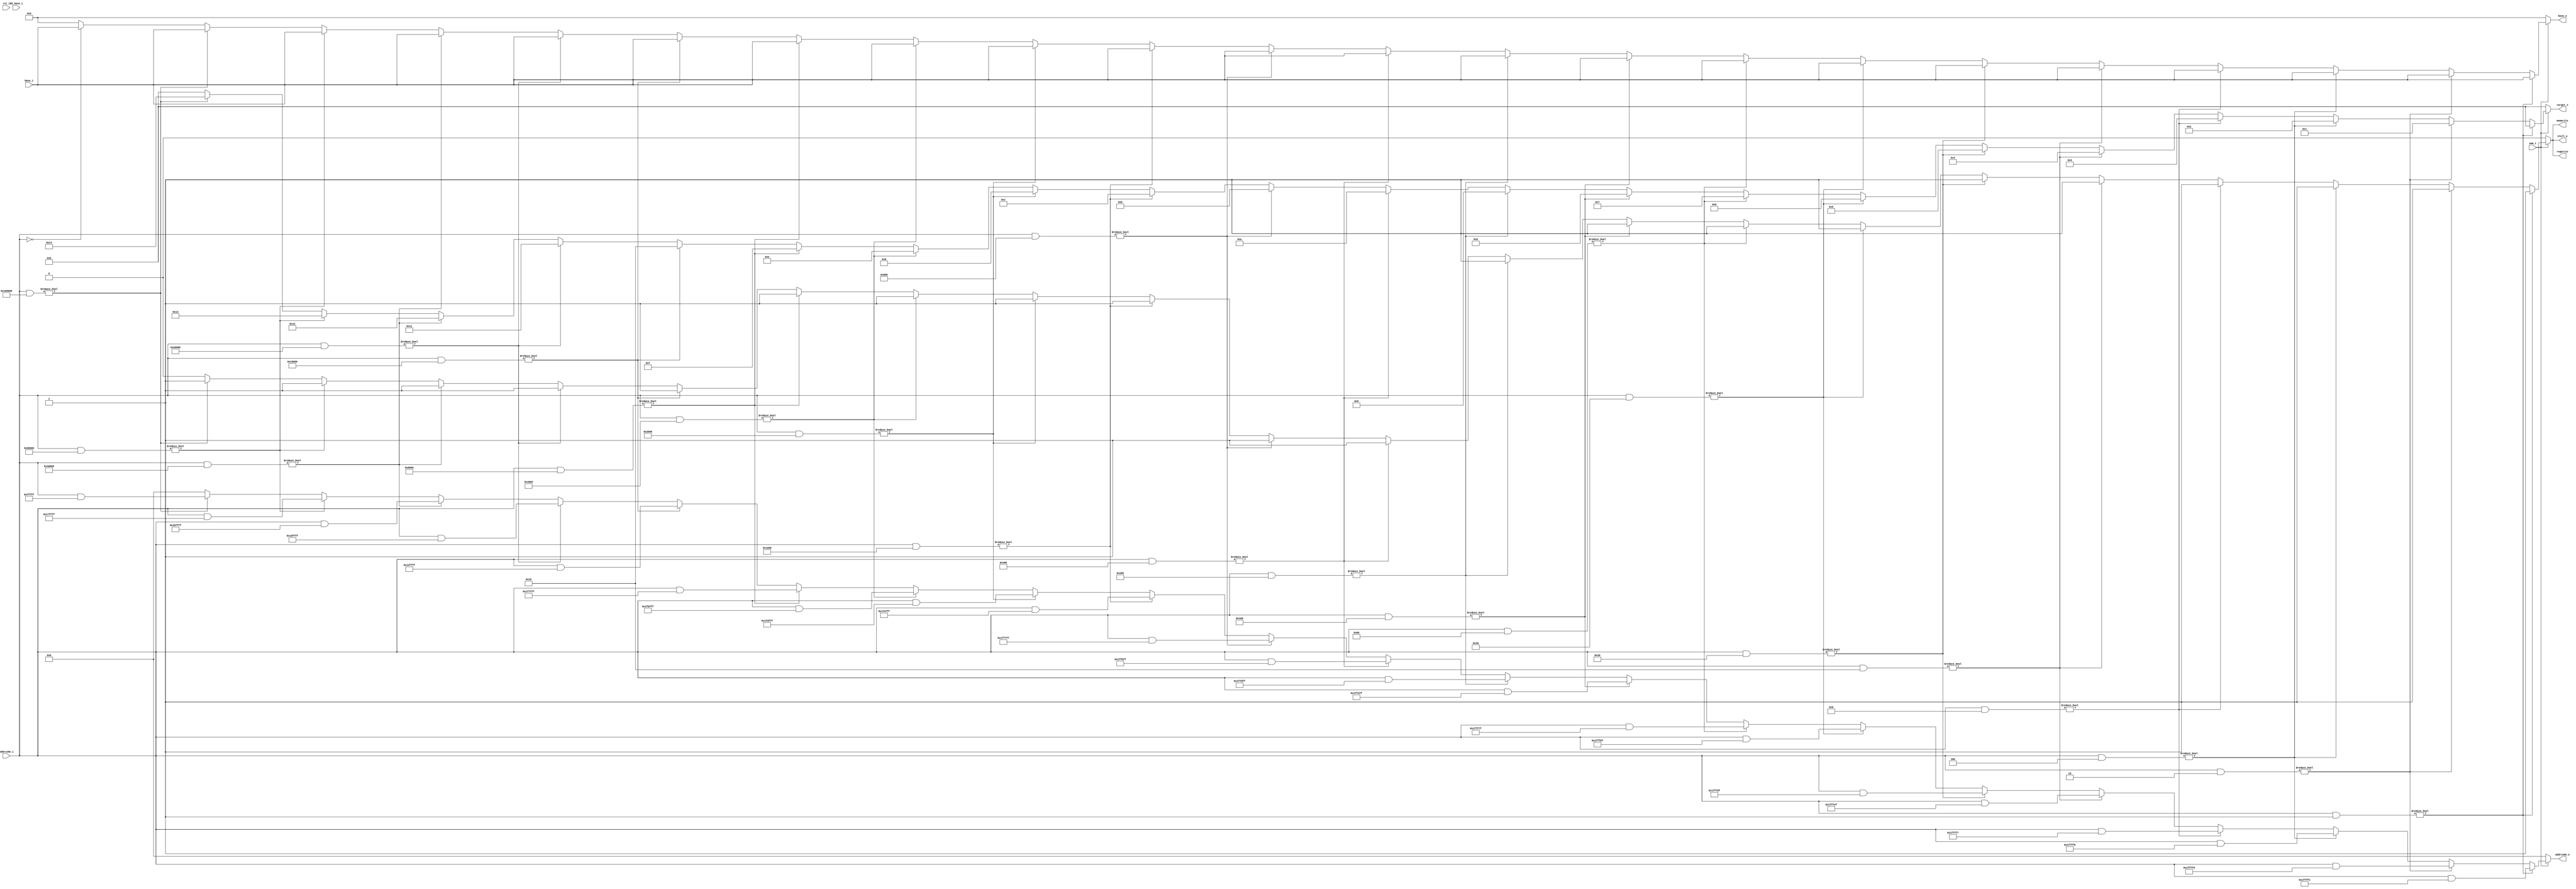
`timescale 1ns / 1ps
module AddrCodeDecoder(

       //clk_i,
	   rst_i,       
	   RS_base_i,
	   addrcode_i,
	   base_i,
	   swm_i,
	   addrcode_o,
	   stall_o,
	   target_o,
       base_o,
       memwrite, 	   
	   regwrite
	   
	   );
  

/* input */
//input           clk_i;
input           rst_i;
input           swm_i;
input  [32-1:0]	RS_base_i;
input  [32-1:0] base_i;
input  [21-1:0] addrcode_i;
/*output*/
output          stall_o;
output [5-1:0]  target_o;
output [32-1:0] base_o;
output [21-1:0] addrcode_o;
output          memwrite;
output          regwrite;
/*reg*/
reg    [32-1:0] base_o;
reg    [5-1:0]  target_o;    
reg             stall_o;
reg    [21-1:0] addrcode_o;
reg             memwrite;
reg             regwrite;        
/*always*/
always @(*)begin
    base_o        =  0;	   
	target_o      =  0;
	addrcode_o    =  0;
	stall_o       =  0;
	memwrite      =  0;
	regwrite      =  0;	    
  if(swm_i)begin
	if(addrcode_i & 21'b000000000000000000001)begin
       base_o        = base_i;
       target_o      = 0;
       //first_time    = 0;
       addrcode_o    = addrcode_i & ~21'b000000000000000000001;
       stall_o       = 1; 
       memwrite      = 1;
	    regwrite      = 1;	   
    end
    else if(addrcode_i & 21'b000000000000000000010)begin
       base_o        = base_i;
       target_o      = 1;
	   //first_time    = 0;
	   addrcode_o    = addrcode_i & ~21'b000000000000000000010; 
	   stall_o       = 1;
	   memwrite      = 1;
	   regwrite      = 1;
    end
    else if(addrcode_i & 21'b000000000000000000100)begin
       base_o        = base_i;
       target_o      = 2;
	   //first_time    = 0;
	   addrcode_o    = addrcode_i & ~21'b000000000000000000100;
	   stall_o       = 1;
	   memwrite      = 1;
	   regwrite      = 1;
    end
    else if(addrcode_i & 21'b000000000000000001000)begin
       base_o        = base_i;
       target_o      = 3;
	   //first_time    = 0;
	   addrcode_o    = addrcode_i & ~21'b000000000000000001000;
	   stall_o       = 1;
	   memwrite      = 1;
	   regwrite      = 1;
    end
    else if(addrcode_i & 21'b000000000000000010000)begin
        base_o        = base_i;
       target_o     = 4;
	   //first_time   = 0;
	   addrcode_o   = addrcode_i & ~21'b000000000000000010000;
	   stall_o      = 1;
	   memwrite     = 1;
	   regwrite     = 1;
    end
	else if(addrcode_i & 21'b000000000000000100000)begin
        base_o        = base_i;
       target_o     = 5;
	   //first_time   = 0;
	   addrcode_o   = addrcode_i & ~21'b000000000000000100000;
	   stall_o      = 1;
	   memwrite     = 1;
	   regwrite     = 1;
    end
	else if(addrcode_i & 21'b000000000000001000000)begin
        base_o        = base_i;
       target_o     = 6;
	   //first_time   = 0;
	   addrcode_o   = addrcode_i & ~21'b000000000000001000000;
	   stall_o      = 1;
	   memwrite     = 1;
	   regwrite     = 1;
    end
	else if(addrcode_i & 21'b000000000000010000000)begin
          base_o        = base_i;
       target_o     = 7;
	   //first_time   = 0;
	   addrcode_o   = addrcode_i & ~21'b000000000000010000000;
	   stall_o      = 1;
	   memwrite     = 1;
	   regwrite     = 1;
    end
	else if(addrcode_i & 21'b000000000000100000000)begin
         base_o        = base_i;
        target_o     = 8;
	    //first_time   = 0;
	    addrcode_o   = addrcode_i & ~21'b000000000000100000000;
	    stall_o      = 1;
	    memwrite     = 1;
	    regwrite     = 1;
    end
	else if(addrcode_i & 21'b000000000001000000000)begin
      base_o        = base_i;
      target_o      = 9;
	   //first_time   = 0;
	   addrcode_o   = addrcode_i & ~21'b000000000001000000000;
	   stall_o      = 1;
      memwrite     = 1;
      regwrite     = 1;
    end
	else if(addrcode_i & 21'b000000000010000000000)begin
         base_o        = base_i;
       target_o     = 10;
	   //first_time   = 0;
	   addrcode_o   = addrcode_i & ~21'b000000000010000000000;
	   stall_o      = 1;
       memwrite     = 1;
	   regwrite     = 1;
    end
	else if(addrcode_i & 21'b000000000100000000000)begin
         base_o        = base_i;
       target_o     = 11;
	   //first_time   = 0;
	   addrcode_o   = addrcode_i & ~21'b000000000100000000000;
	   stall_o      = 1;
	   memwrite     = 1;
	   regwrite     = 1;
    end
	else if(addrcode_i & 21'b000000001000000000000)begin
         base_o        = base_i;
       target_o     = 12;
	   //first_time   = 0;
	   addrcode_o   = addrcode_i & ~21'b000000001000000000000;
	   stall_o      = 1;
	   memwrite     = 1;regwrite = 1;
    end
	else if(addrcode_i & 21'b000000010000000000000)begin
         base_o        = base_i;
       target_o     = 13;
	   //first_time   = 0;
	   addrcode_o   = addrcode_i & ~21'b000000010000000000000;
	   stall_o      = 1;
	   memwrite     = 1;
	   regwrite     = 1;
    end
	else if(addrcode_i & 21'b000000100000000000000)begin
         base_o        = base_i;
       target_o     = 14;
	   //first_time   = 0;
	   addrcode_o   = addrcode_i & ~21'b000000100000000000000;
	   stall_o      = 1;
	   memwrite     = 1;
	   regwrite     = 1;
    end
	else if(addrcode_i & 21'b000001000000000000000)begin
         base_o        = base_i;
       target_o     = 15;
	   //first_time   = 0;
	   addrcode_o   = addrcode_i & ~21'b000001000000000000000;
	   stall_o      = 1;
	   memwrite     = 1;
	   regwrite     = 1;
    end
	else if(addrcode_i & 21'b000010000000000000000)begin
         base_o        = base_i;
       target_o     = 16;
	   //first_time   = 0;
	   addrcode_o   = addrcode_i & ~21'b000010000000000000000;
	   stall_o      = 1;
	   memwrite     = 1;
	   regwrite     = 1;
    end
	else if(addrcode_i & 21'b000100000000000000000)begin
         base_o        = base_i;
       target_o     = 17;
	   //first_time   = 0;
	   addrcode_o   = addrcode_i & ~21'b000100000000000000000;
	   stall_o      = 1;
	   memwrite     = 1;
	   regwrite     = 1;
    end
	else if(addrcode_i & 21'b001000000000000000000)begin
         base_o        = base_i;
       target_o      = 18;
	   //first_time    = 0;
	   addrcode_o    =addrcode_i & ~21'b001000000000000000000;
	   stall_o       = 1;
	   memwrite      = 1;
	   regwrite      = 1;
    end
	else if(addrcode_i & 21'b010000000000000000000)begin
         base_o        = base_i;
       target_o     = 19;
	   //first_time   = 0;
	   addrcode_o   = addrcode_i & ~21'b010000000000000000000;
	   stall_o      = 1;
	   memwrite     = 1;
	   regwrite     = 1;
    end
	else if(addrcode_i & 21'b100000000000000000000)begin
      base_o        = base_i;
      target_o     = 20;
	   //first_time   = 0;
	   addrcode_o   = addrcode_i & ~21'b100000000000000000000;
	   stall_o      = 1;
	   memwrite     = 1;
	   regwrite     = 1;
    end
    else if(addrcode_i==0)begin
      base_o     = base_i;
	   //first_time = 1;
	   stall_o    = 0;
	   target_o   = 0;
	   memwrite   = 0;
	   regwrite   = 0;
	   addrcode_o = 0;
    end
  end
  else begin
      base_o        =  0;	   
	   target_o      =  0;
	   addrcode_o    =  0;
	   stall_o       =  0;
		memwrite      =  0;
	   regwrite      =  0;	
  end     
end
endmodule